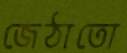
জেঠাতো